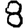
Digit: 8